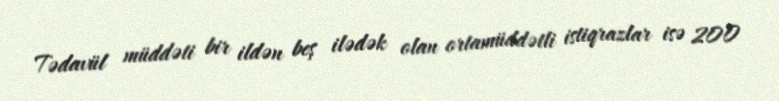
Tədavül müddəti bir ildən beş ilədək olan ortamüddətli istiqrazlar isə 200